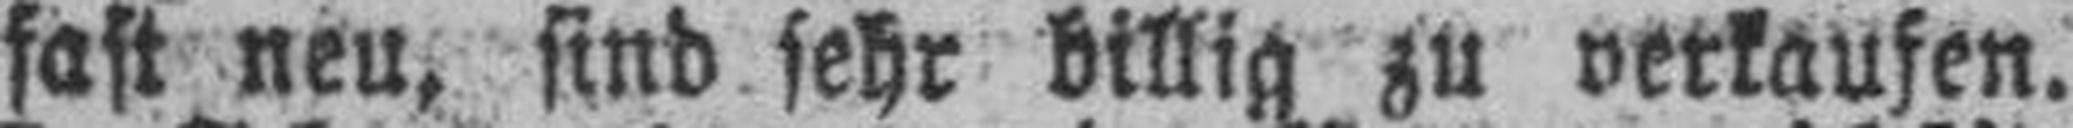
fast neu, sind sehr billig zu verkaufen.